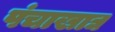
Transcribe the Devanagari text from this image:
पंचाखाद्य